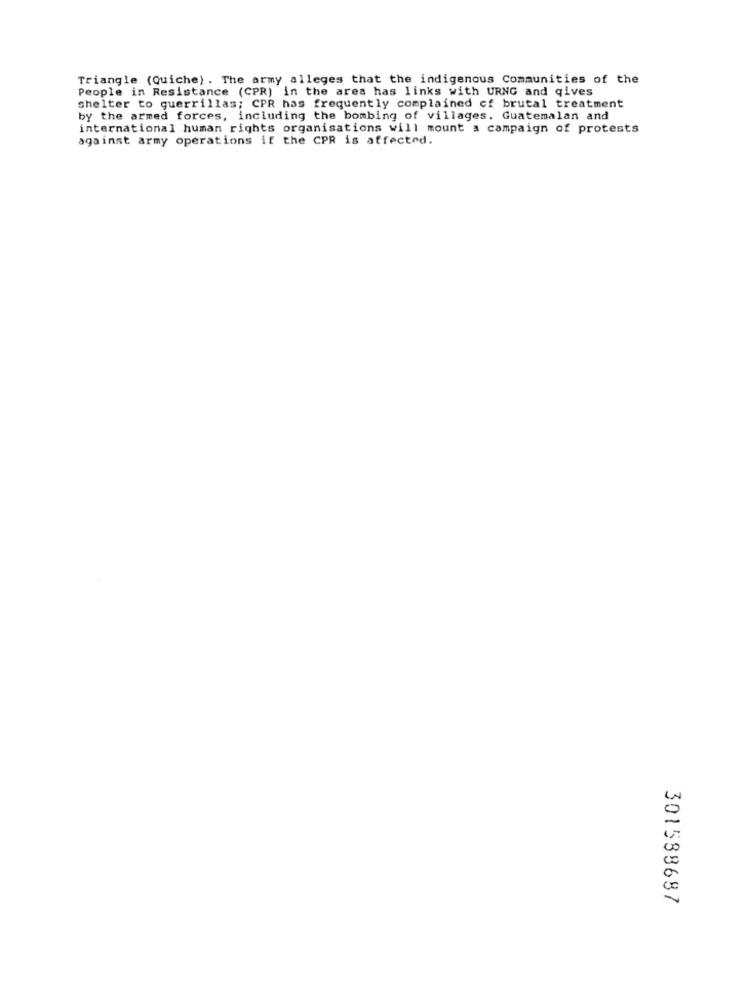
Triangle (Quiche) . The army alleges that the indigenous Communities of the
People in Resistance (CPR) in the area has links with URNG and qives
shelter to guerrillas; CPR has frequently complained cf brutal treatment
by the armed forces, including the bombing of villages. Guatemalan and
international human rights organisations will mount a campaign of protests
against army operations if the CPR is affected.
301588687